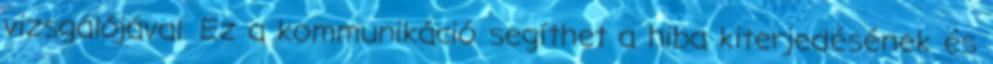
vizsgálójával. Ez a kommunikáció segíthet a hiba kiterjedésének és